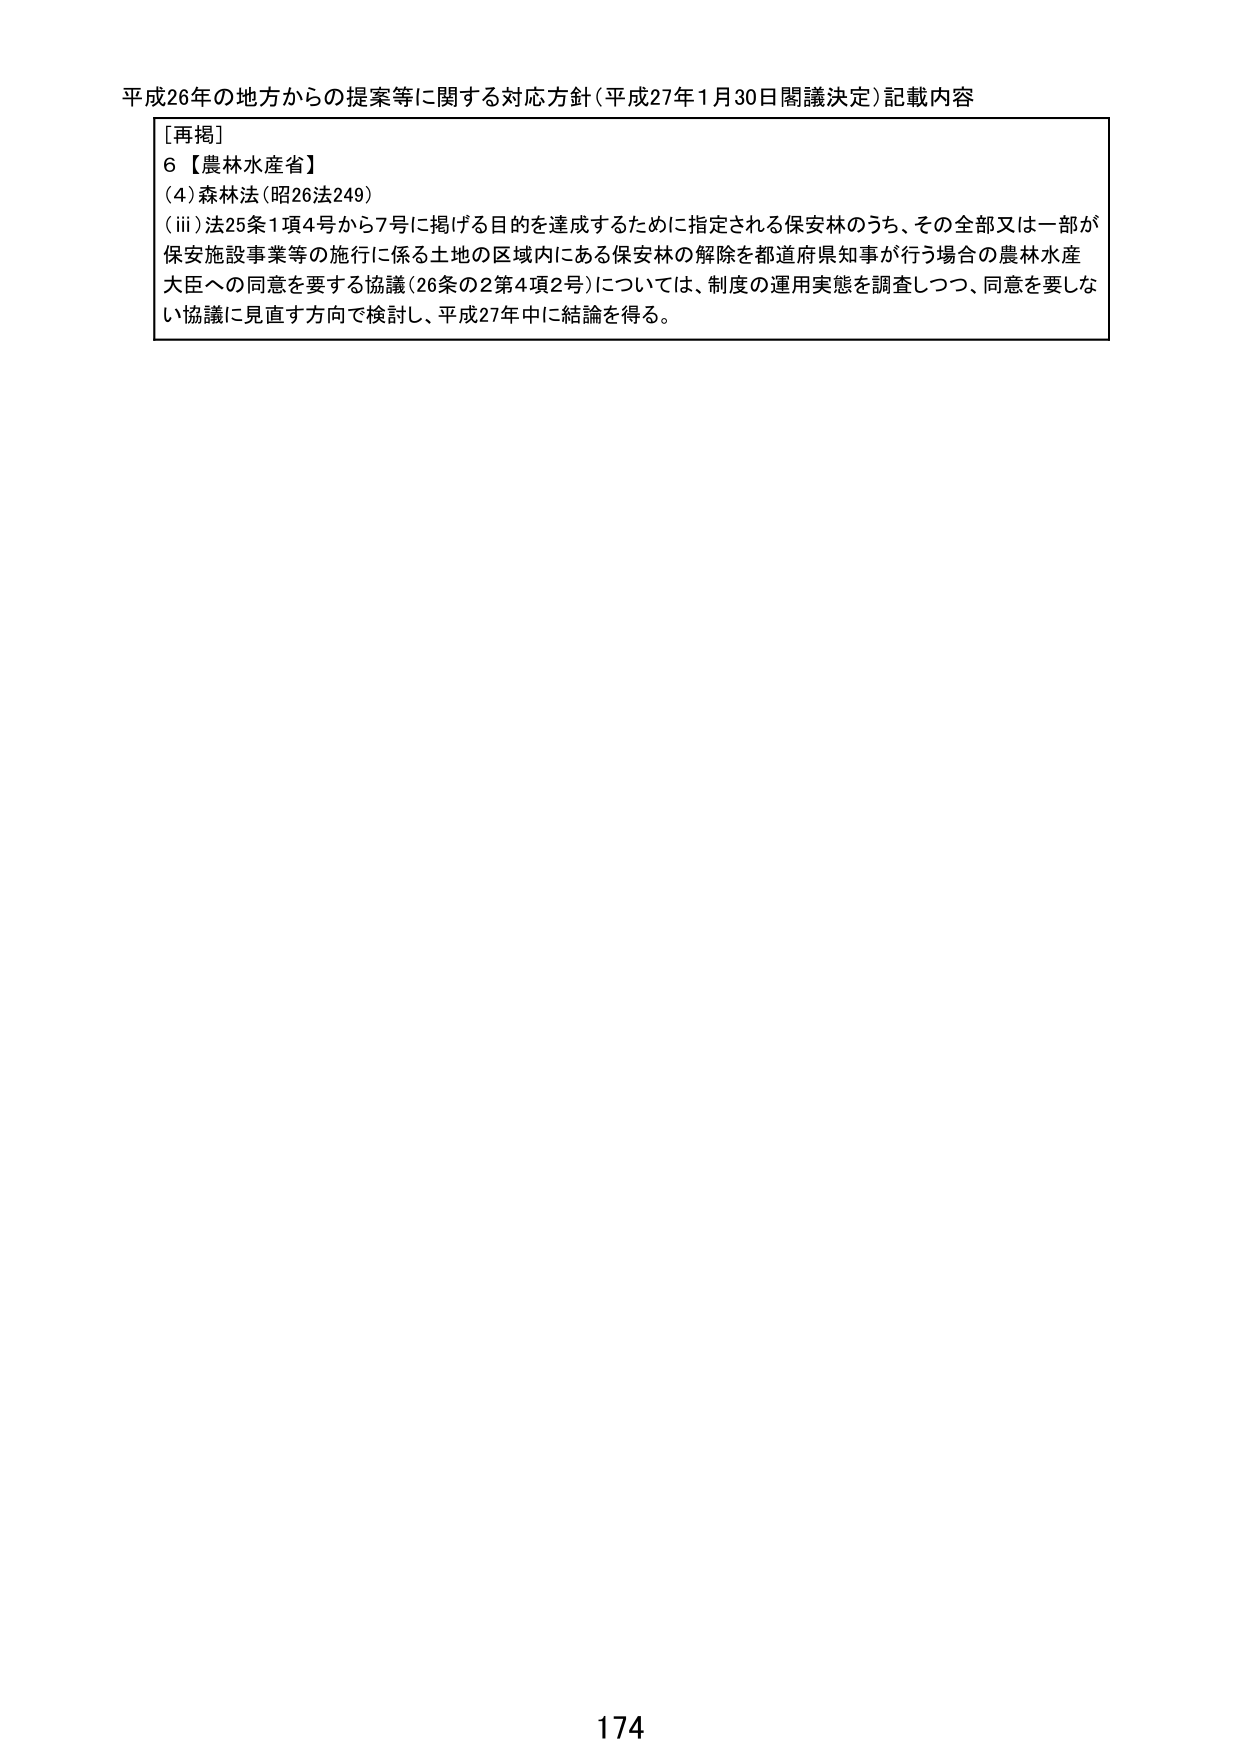
平成26年の地方からの提案等に関する対応方針（平成27年1月30日閣議決定）記載内容

［再掲］
6【農林水産省】
（4）森林法（昭26法249）
（ⅲ）法25条1項4号から7号に掲げる目的を達成するために指定される保安林のうち、その全部又は一部が保安施設事業等の施行に係る土地の区域内にある保安林の解除を都道府県知事が行う場合の農林水産大臣への同意を要する協議（26条の2第4項2号）については、制度の運用実態を調査しつつ、同意を要しない協議に見直す方向で検討し、平成27年中に結論を得る。

174